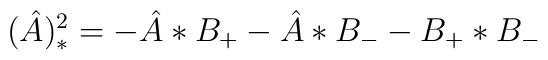
(\hat{A})_{*}^2 = - \hat{A}*B_+ - \hat{A}*B_- - B_+* B_-